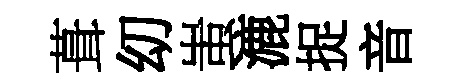
葺㓜蚩漉捉音